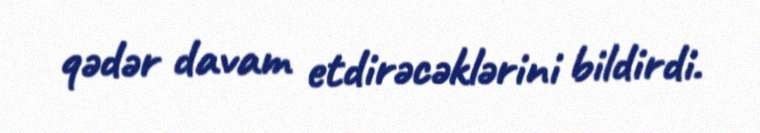
qədər davam etdirəcəklərini bildirdi.